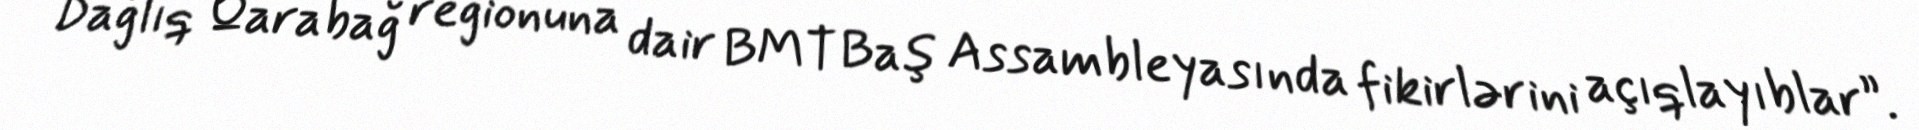
Dağlıq Qarabağ regionuna dair BMT Baş Assambleyasında fikirlərini açıqlayıblar”.